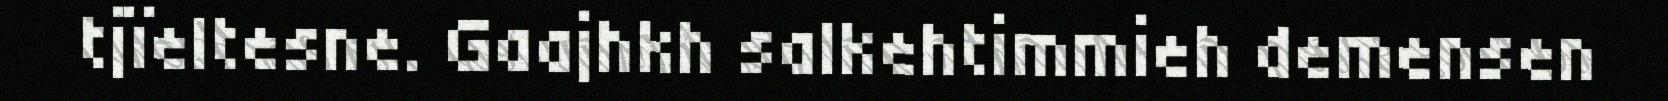
tjïeltesne. Gaajhkh salkehtimmieh demensen